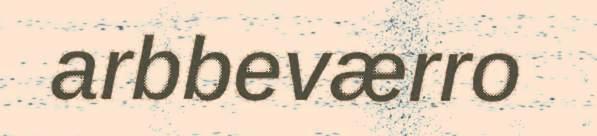
arbbeværro